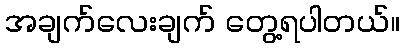
အချက်လေးချက် တွေ့ရပါတယ်။